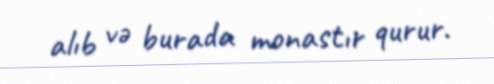
alıb və burada monastır qurur.